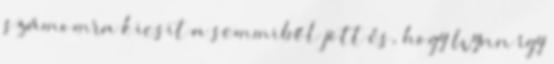
számomra kicsit a semmiből jött és, hogy Wynn így